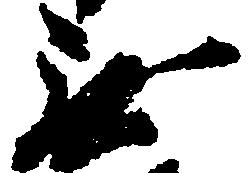
無